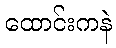
ထောင်းကနဲ